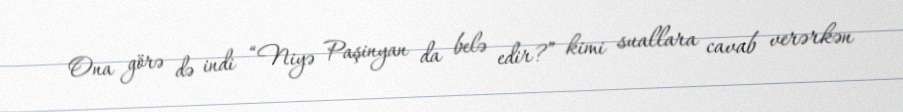
Ona görə də indi “Niyə Paşinyan da belə edir?” kimi suallara cavab verərkən